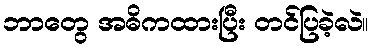
ဘာတွေ အဓိကထားပြီး တင်ပြခဲ့လဲ။